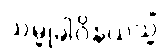
သမ္မုခါဝိနယသ္မိံ